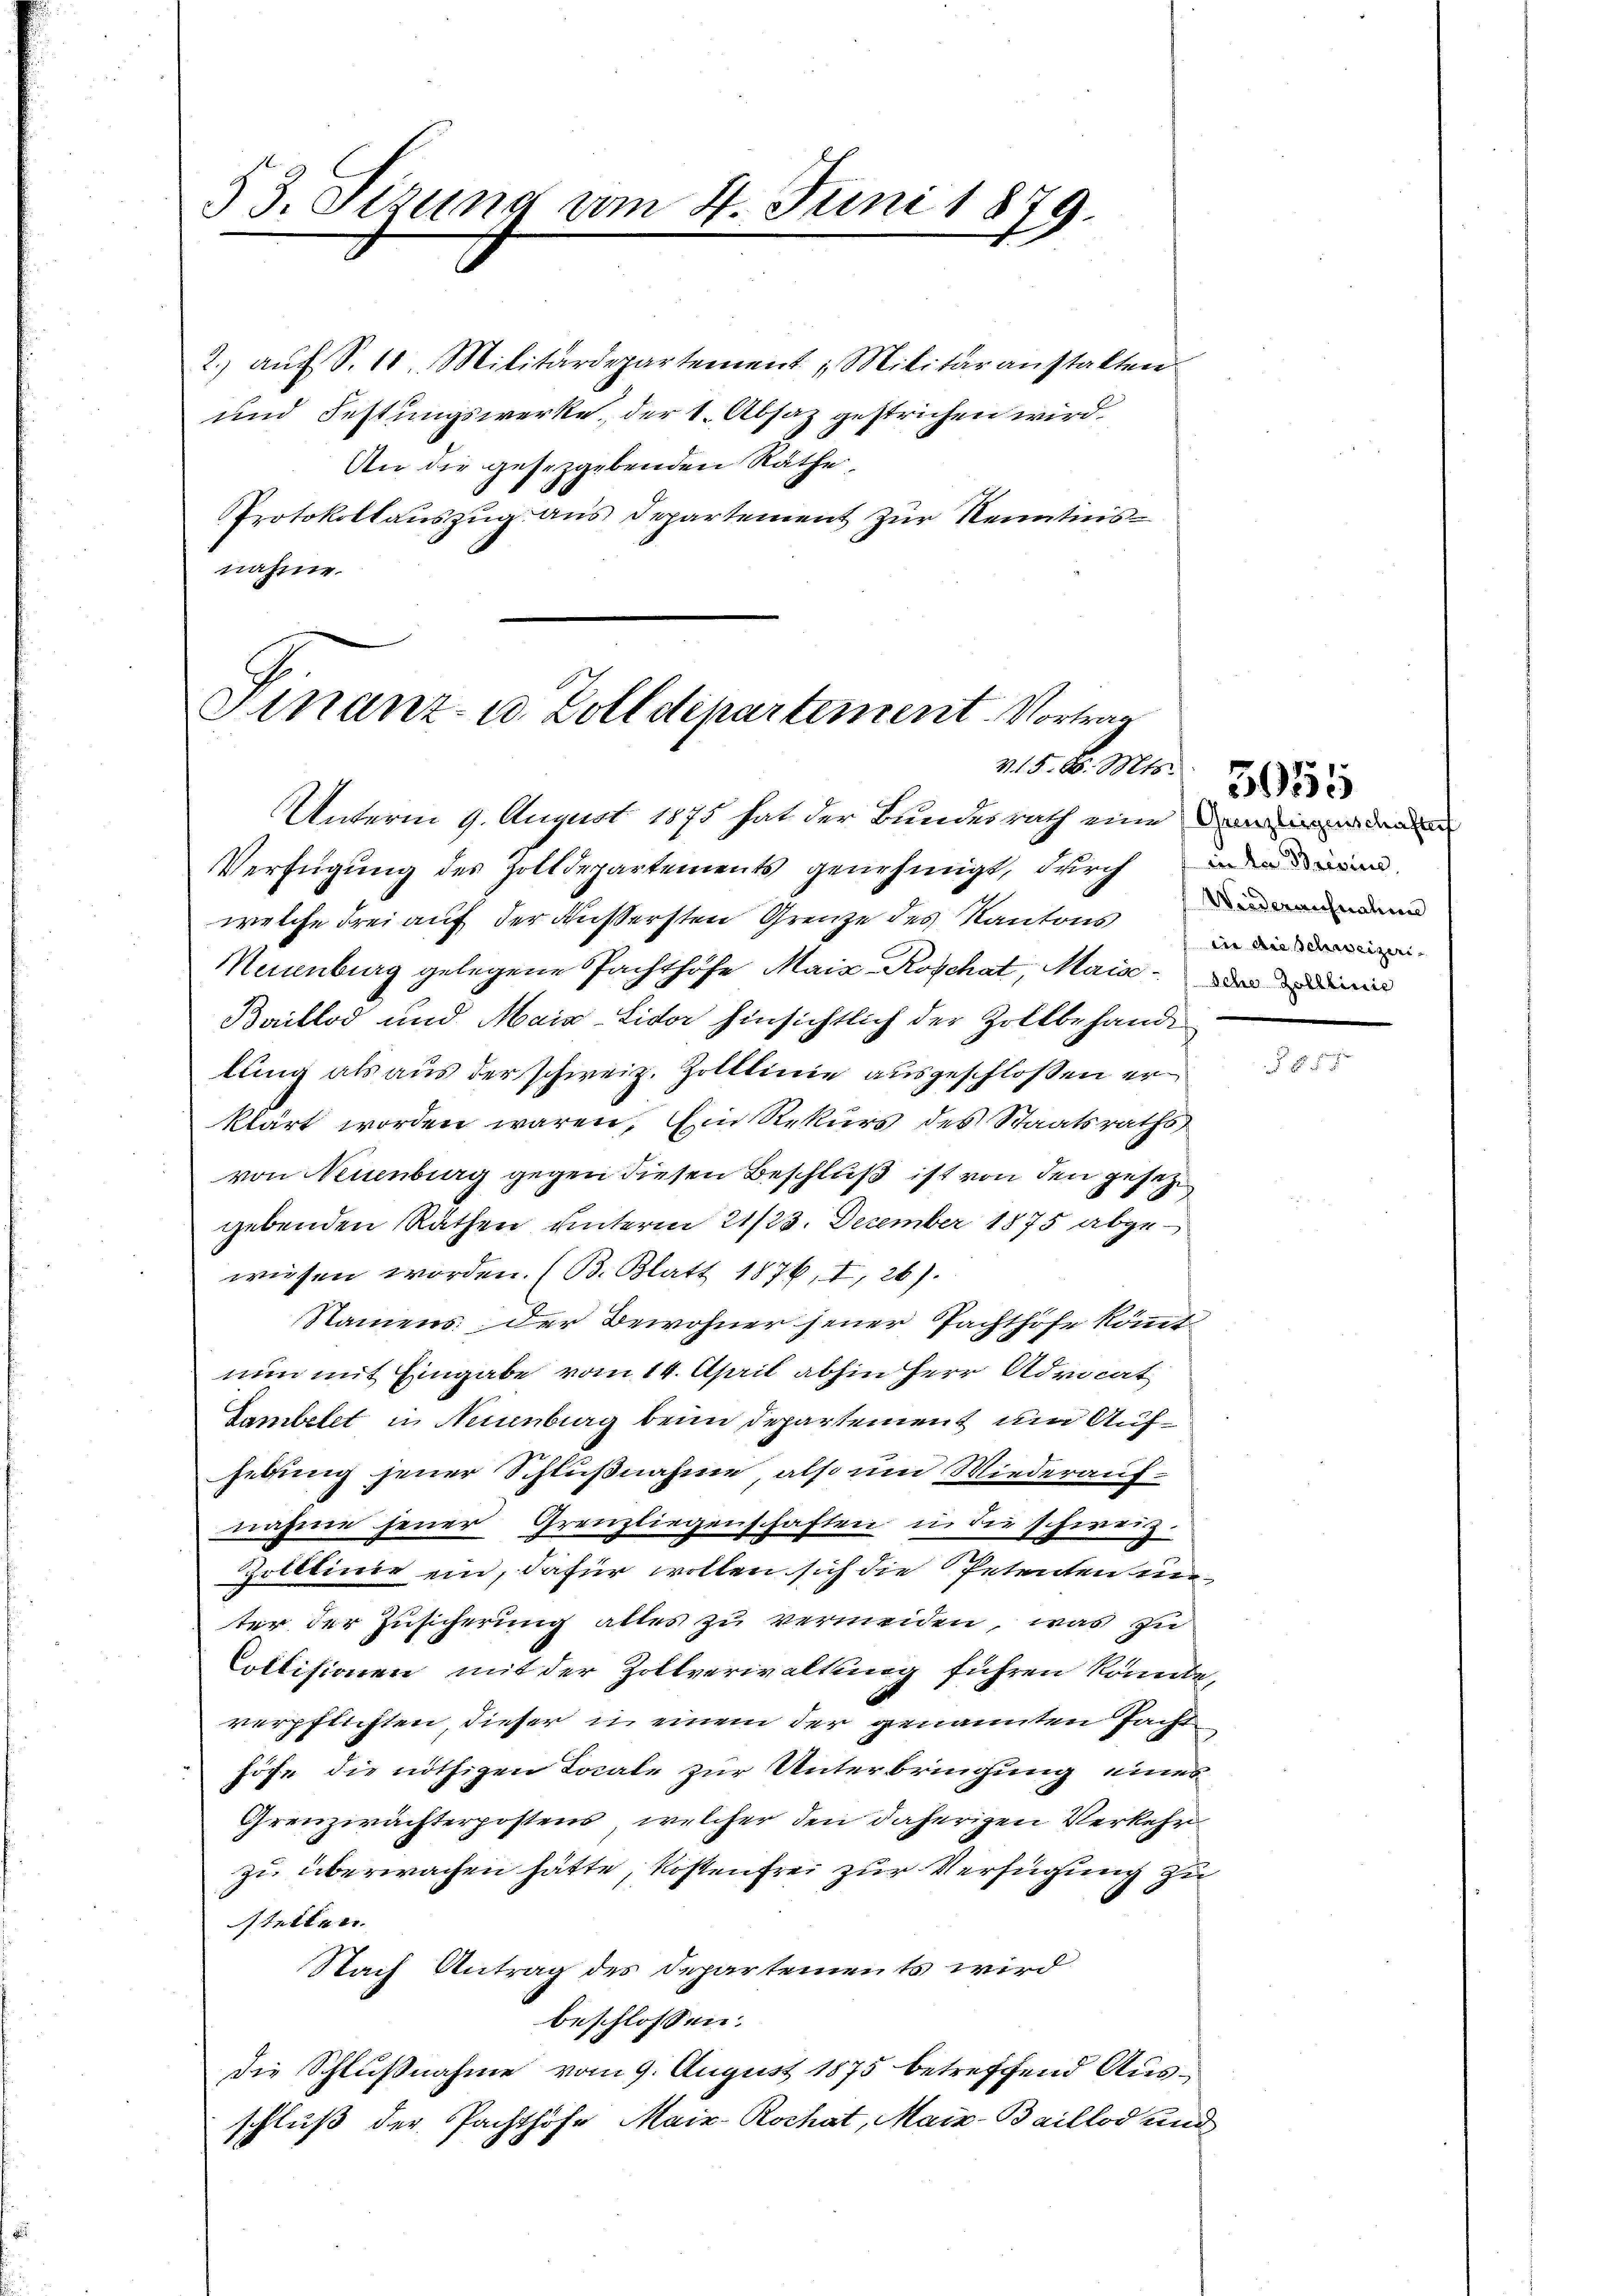
53. Sizung vom 4. Juni 1879.

2. aŭf S. 10. Militärdepartement, Militäranstalten
und Festungswerke, der 1. Absaz gestrichen wird.
An die gesetzgebenden Räthe,
Protokollauszug aus Departement zur Kenntnisnahme.

Finanz- u. Zolldepartement. Vortrag
315. d. Mts.

Unterm 9. August 1875 hat der Bundesrath eine an de
Verfügung des Zolldepartements genehmigt, durch ein
welche drei auf der äussersten Grenze des Kantons in die
Neuenburg gelegene Pachthöfe Mais Roschat, Mais einen
Baillod und Maia-Lidor hinsichtlich der Zollbehande
lung als aus der schweiz. Zolllinie ausgeschloßen er
klärt worden wären. Ein Rekurs des Staatsraths
von Neuenburg gegen diesen Beschluß ist von den gesetze
gebenden Rathen unterm 21/23. Dezember 1875 abgewiesen worden. (B. Blatt 1876, I, 26).
Namens der Bewohner jener Pachthöfe kömmt
nun mit Eingabe vom 14. April abhin Herr Advocat
Sambetet in Neuenburg beim Departement und Aufhebung jener Schlußnahme also um Wiederaufnahme jener Grenzliegenschaften in die schweiz.
Zolllinie ein, dafür wollen sich die Petenten unter der Zusicherung alles zu vermeiden, was zu
Collisionen mit der Zollverwaltung führen könnte,
verpflichten, dieser u. einem der genannten Pacht
höfe die nöthigen Locale zur Unterbringung eines
Grenzirächterpostens, welcher den daherigen Verkehr
zu überwachen hätte, Kostenfrei zur Verfügung zu
stellen.
Nach Antrag des Departements wird
beschlossen:
die Schlußnahme vom 9. August 1875 betreffend Ausschluß der Pachthöfe Mair-Rochat, Mais-Baillod und

Wiederaufnahme